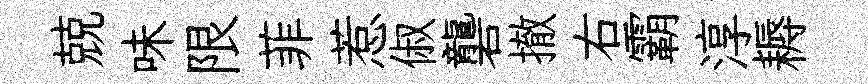
兢味限菲惹俶礱撤右霸淳耨